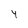
Character: 4